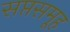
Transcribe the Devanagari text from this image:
सप्तसमूह